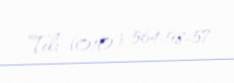
Tel: (010) 564-98-57